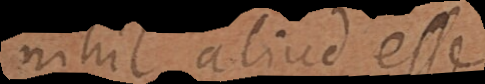
nihil aliud esse